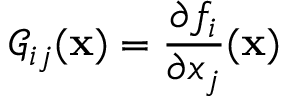
\mathcal { G } _ { i j } ( \mathbf { x } ) = \frac { \partial f _ { i } } { \partial x _ { j } } ( \mathbf { x } )